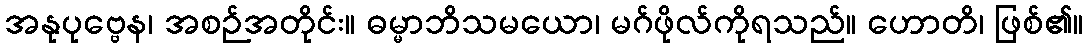
အနုပုဗ္ဗေန၊ အစဉ်အတိုင်း။ ဓမ္မာဘိသမယော၊ မဂ်ဖိုလ်ကိုရသည်။ ဟောတိ၊ ဖြစ်၏။